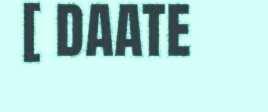
[ DAATE